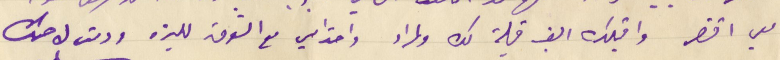
معي اقتصر واقبلك الف قبلة لك ولمراد واحترامي مع الشوق لليزه ودمت لاختك